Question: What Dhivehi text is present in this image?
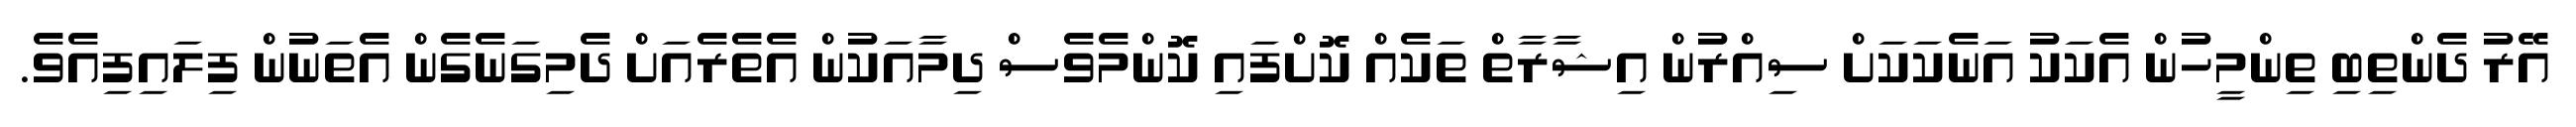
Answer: އޭރު ދެންތިބި ތިންމީހުން އެކަކު އަނެކަކަށް ސިއްރުން އިޝާރާތް ތަކެއް ކޮށްފައި ކޮންމެވެސް ދިމާއަކުން އެތެރެއަށް ދެމިގަނެގެން އެތަނުން ފިލައިފިއެވެ.